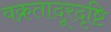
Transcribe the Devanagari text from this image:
वक्रतादूरदृष्टि